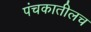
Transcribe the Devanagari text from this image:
पंचकातीलच